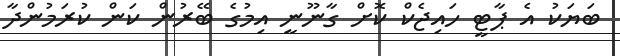
ބަޔަކު އެ ޕާޓީ ހައިޖެކް ކޮށް ގާނޫނީ އިމުގެ ބޭރުން ކަން ކުރަމުންދާ